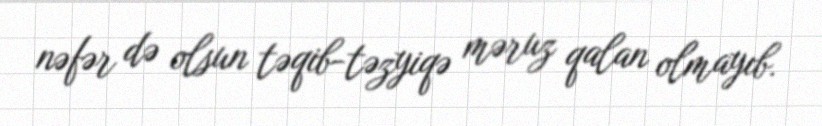
nəfər də olsun təqib-təzyiqə məruz qalan olmayıb.